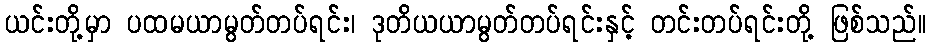
ယင်းတို့မှာ ပထမယာမွတ်တပ်ရင်း၊ ဒုတိယယာမွတ်တပ်ရင်းနှင့် တင်းတပ်ရင်းတို့ ဖြစ်သည်။